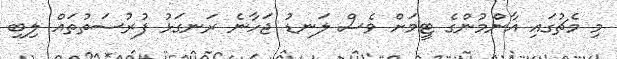
މި މެޗުގައި އާންމުންގެ ޓީމަށް ވެސް ލަނޑު ޖަހާނެ ރަނގަޅު ފުރުސަތުތައް ލިބި